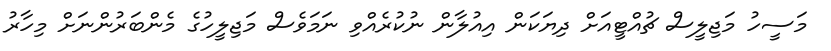
މަސީހު މަޖިލީސް ޗުއްޓީއަށް ދިޔަކަން އިއުލާން ނުކުރެއްވި ނަމަވެސް މަޖިލީހުގެ މެންބަރުންނަށް މިހާރު